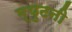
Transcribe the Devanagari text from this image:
म्युटनी